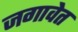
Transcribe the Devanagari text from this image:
जगावेत